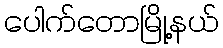
ပေါက်တောမြို့နယ်